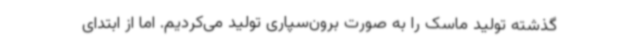
گذشته تولید ماسک را به صورت برون‌سپاری تولید می‌کردیم. اما از ابتدای